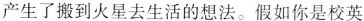
产生了搬到火星去生活的想法。假如你是校英